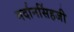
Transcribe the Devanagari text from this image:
मर्दानसिंहजी